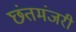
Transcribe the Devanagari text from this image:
छंतमंजरी